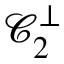
\mathcal { C } _ { 2 } ^ { \perp }